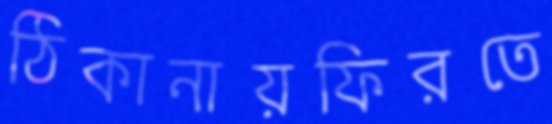
ঠিকানায়ফিরতে